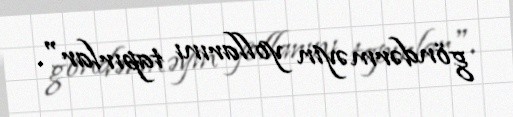
göndərməyin yollarını tapırlar".